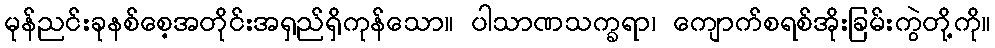
မုန်ညင်းခုနစ်စေ့အတိုင်းအရှည်ရှိကုန်သော။ ပါသာဏသက္ခရာ၊ ကျောက်စရစ်အိုးခြမ်းကွဲတို့ကို။